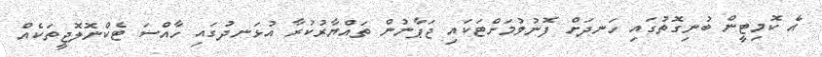
އެ ކޮމިޓީން ބުނިގޮތުުގައި ހަނދަށް ފޮނުވުމަށްޓަކައި ޖަޕާނުން ތައްޔާރުކުރާ އުޅަނދުގައި ހާއްސަ ޓެކްނޮލޮޖީތަކެއް